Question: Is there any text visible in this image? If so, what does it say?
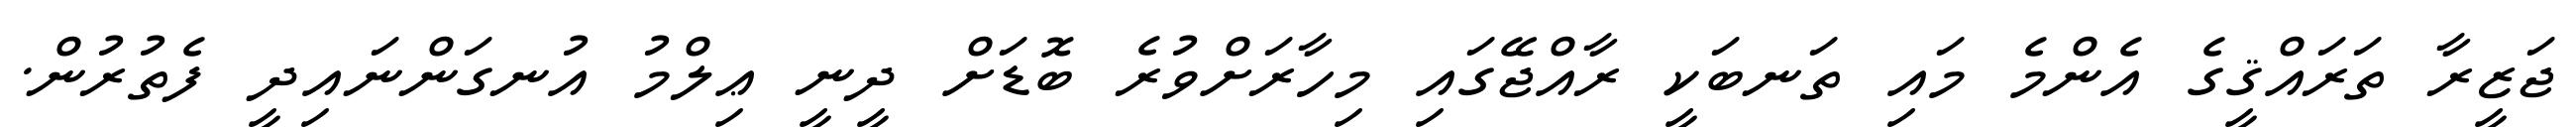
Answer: ޖަޒީރާ ތަރައްޤީގެ އެންމެ މައި ތަނބަކީ ރާއްޖޭގައި މިހާރަށްވުރެ ބޮޑަށް ދީނީ ޢިލްމު އުނގަންނައިދީ ފެތުރުން.